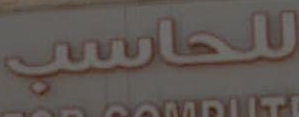
للحاسب